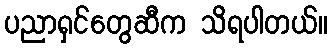
ပညာရှင်တွေဆီက သိရပါတယ်။